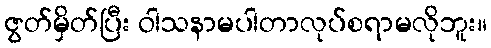
ဇွတ်မှိတ်ပြီး ဝါသနာမပါတာလုပ်စရာမလိုဘူး။